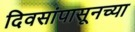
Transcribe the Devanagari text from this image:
दिवसांपासूनच्या